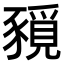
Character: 𧱻